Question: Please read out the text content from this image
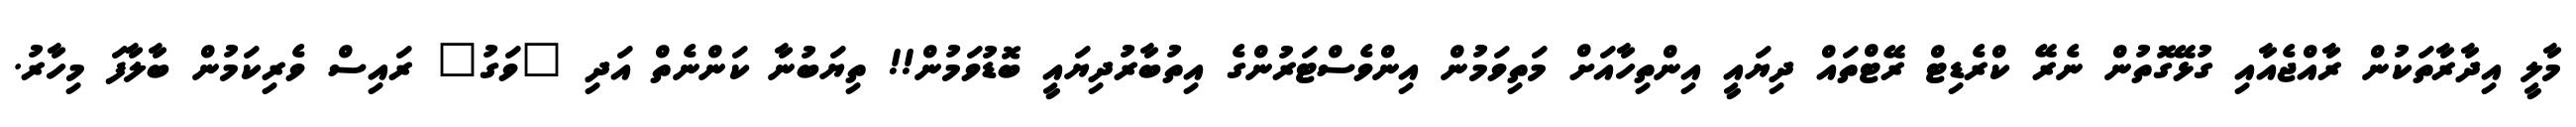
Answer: މާލީ އިދާރާތަކުން ރާއްޖެއާއި ގުޅޭގޮތުން ނެރޭ ކްރެޑިޓް ރޭޓްތައް ދިޔައީ އިންތިހާއަށް މަތިވަމުން އިންވެސްޓަރުންގެ އިތުބާރުދިޔައީ ބޮޑުވަމުން!! ތިޔަބުނާ ކަންނެތް އަދި "ވަގު" ރައިސް ވެރިކަމުން ބާލާފަ މިހާރު.